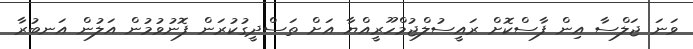
ވަނަ ޖަލްސާ އިން ފާސްކޮށް ރައީސުލްޖުމްހޫރީއްޔާ އަށް ތަސްދީގުކުރަން ފޮނުވުމުން އަލުން އަނބުރާ